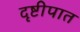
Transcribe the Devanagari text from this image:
दृष्टीपात